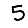
Digit: 5